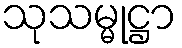
သုသမ္မုဋ္ဌာ